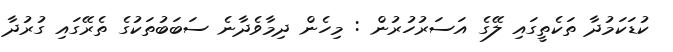
ކުޑަކަމުދާ ތަކެތީގައި ލޭގެ އަސަރުހުރުން : މިހެން ދިމާވެދާނެ ސަބަބުތަކުގެ ތެރޭގައި ގުރުދާ